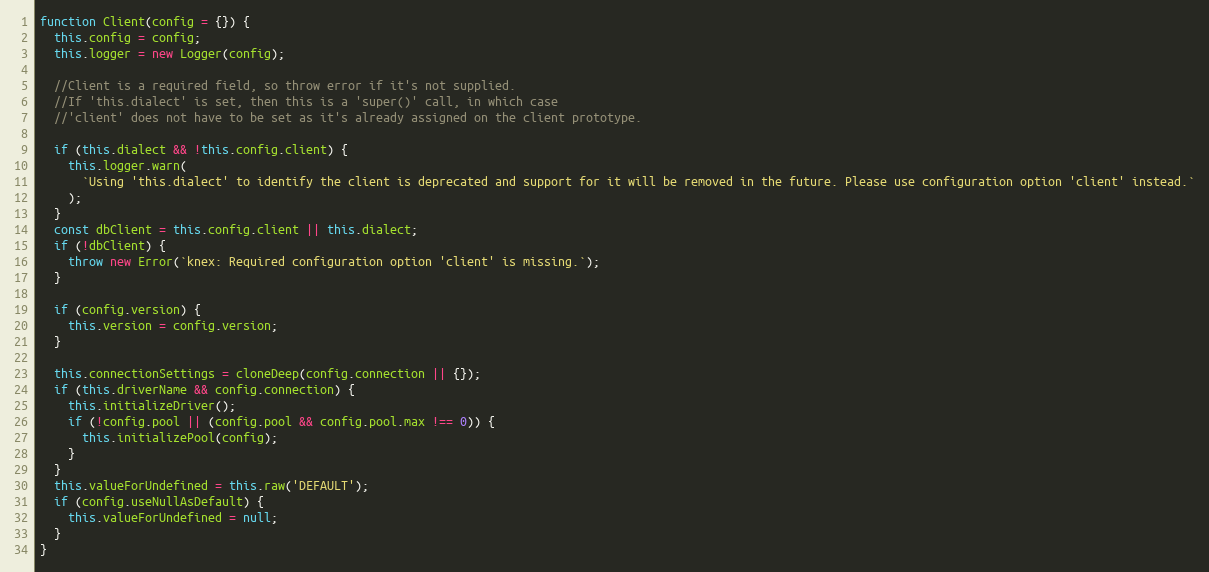
Language: JavaScript
function Client(config = {}) {
  this.config = config;
  this.logger = new Logger(config);

  //Client is a required field, so throw error if it's not supplied.
  //If 'this.dialect' is set, then this is a 'super()' call, in which case
  //'client' does not have to be set as it's already assigned on the client prototype.

  if (this.dialect && !this.config.client) {
    this.logger.warn(
      `Using 'this.dialect' to identify the client is deprecated and support for it will be removed in the future. Please use configuration option 'client' instead.`
    );
  }
  const dbClient = this.config.client || this.dialect;
  if (!dbClient) {
    throw new Error(`knex: Required configuration option 'client' is missing.`);
  }

  if (config.version) {
    this.version = config.version;
  }

  this.connectionSettings = cloneDeep(config.connection || {});
  if (this.driverName && config.connection) {
    this.initializeDriver();
    if (!config.pool || (config.pool && config.pool.max !== 0)) {
      this.initializePool(config);
    }
  }
  this.valueForUndefined = this.raw('DEFAULT');
  if (config.useNullAsDefault) {
    this.valueForUndefined = null;
  }
}